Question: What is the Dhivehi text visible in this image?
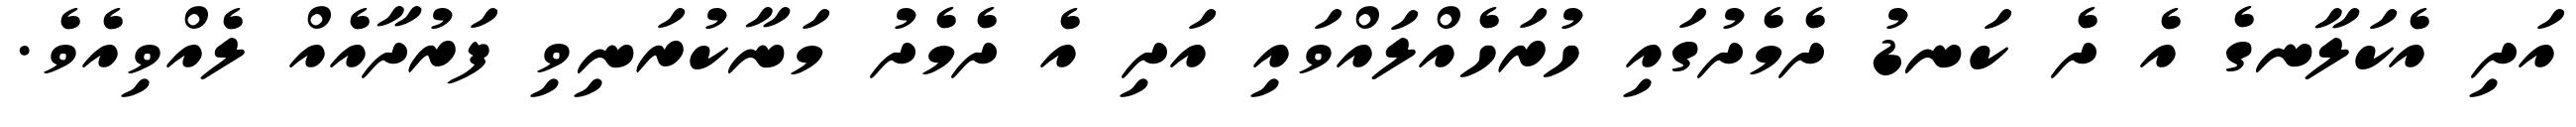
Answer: އަދި އެކަލާނގެ އެ ދެ ކަނޑު ދެމެދުގައި ހުރަހެއްލައްވައި އަދި އެ ދެމެދު މަނާކުރަނިވި ފަރުދާއެއް ލެއްވިއެވެ.